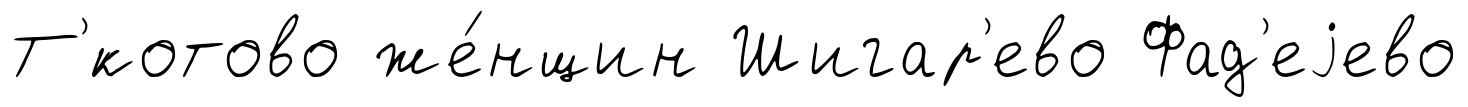
Т'́котово же́нщин Шигар'ево Фад'еjево